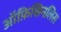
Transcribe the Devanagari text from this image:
ऑफ़िशिनलिस